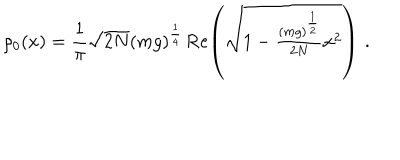
LaTeX: \rho _ { 0 } ( x ) = \frac { 1 } { \pi } \sqrt { 2 N } ( m g ) ^ { \frac { 1 } { 4 } } \, \mathrm { R e } \! \left( \sqrt { 1 - \textstyle { \frac { ( m g ) ^ { \frac { 1 } { 2 } } } { 2 N } } x ^ { 2 } } \right) \, .